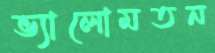
ভ্যালোমতন